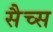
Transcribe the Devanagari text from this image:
सैच्‍स